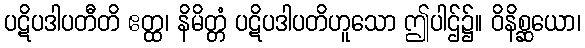
ပဋိပဒါပတီတိ ဧတ္ထ၊ နိမိတ္တံ ပဋိပဒါပတိဟူသော ဤပါဌ်၌။ ဝိနိစ္ဆယော၊